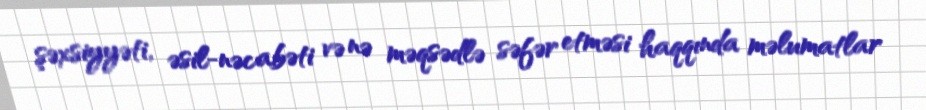
şəxsiyyəti, əsil-nəcabəti və nə məqsədlə səfər etməsi haqqında məlumatlar